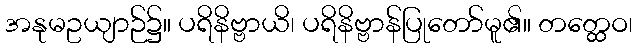
အနုမဥယျာဉ်၌။ ပရိနိဗ္ဗာယိ၊ ပရိနိဗ္ဗာန်ပြုတော်မူ၏။ တတ္ထေဝ၊